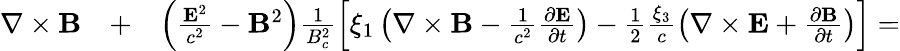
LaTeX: \begin{array}{rlr}{\nabla\times{\mathbf B}}&{{}+}&{\left(\frac{{\mathbf E}^{2}}{c^{2}}-{\mathbf B}^{2}\right)\frac{1}{B_{c}^{2}}\left[\xi_{1}\left(\nabla\times{\mathbf B}-\frac{1}{c^{2}}\frac{\partial{\mathbf E}}{\partial t}\right)-\frac{1}{2}\frac{\xi_{3}}{c}\left(\nabla\times{\mathbf E}+\frac{\partial{\mathbf B}}{\partial t}\right)\right]=}\end{array}